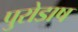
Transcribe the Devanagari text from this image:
पुरोडाष